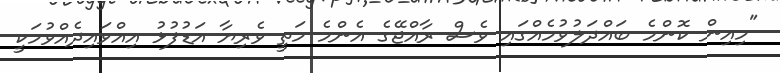
"މިއިން ކޮންމެ ބައްދަލުވުމެއްގައި ވެސް ރާއްޖޭގެ އެންމެ މަތީ ވެރިޔާ އަޑުފުޅު އިއްވައިދެއްވުމަކީ